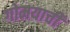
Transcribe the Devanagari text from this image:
गोमयाची